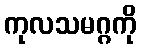
ကုလသမဂ္ဂကို